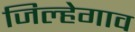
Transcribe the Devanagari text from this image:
जिल्हेगाव